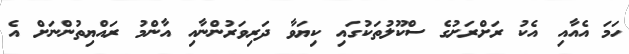
ހަމަ އެއާއި އެކު ރަށްރަށުގެ ސްކޫލުތަކުގައި ކިޔަވާ ދަރިވަރުންނާއި އާންމު ރައްޔިތުންނަށް އެ